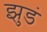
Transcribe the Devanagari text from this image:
झुडं